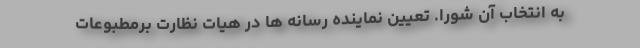
به انتخاب آن شورا. تعیین نماینده رسانه ها در هیات نظارت برمطبوعات